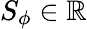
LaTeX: S_{\phi}\in\mathbb{R}